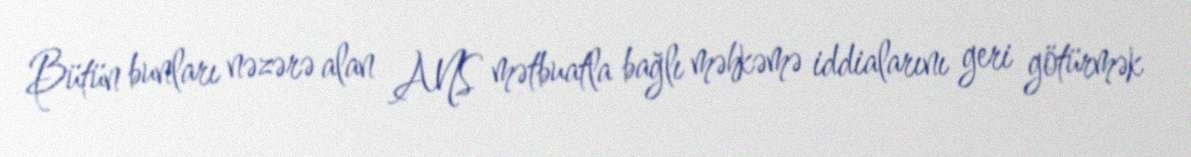
Bütün bunları nəzərə alan ANS mətbuatla bağlı məhkəmə iddialarını geri götürmək